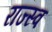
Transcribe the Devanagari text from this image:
राज्स्व